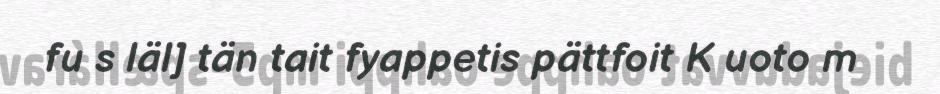
fu s läl] tän tait fyappetis pättfoit K uoto m